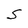
Character: S